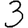
Digit: 3